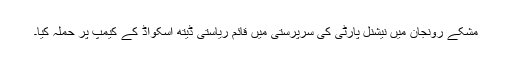
مشکے رونجان میں نیشنل پارٹی کی سرپرستی میں قائم ریاستی ڈیتھ اسکواڈ کے کیمپ پر حملہ کیا۔